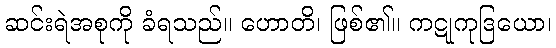
ဆင်းရဲအစုကို ခံရသည်။ ဟောတိ၊ ဖြစ်၏။ ကဋုကုဒြယော၊